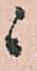
ニ